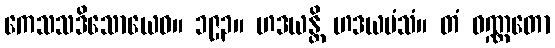
ကေသသဒိသောယေဝ။ ၁၉၃။ ဟဒယန္တိ ဟဒယမံသံ။ တံ ဝဏ္ဏတော